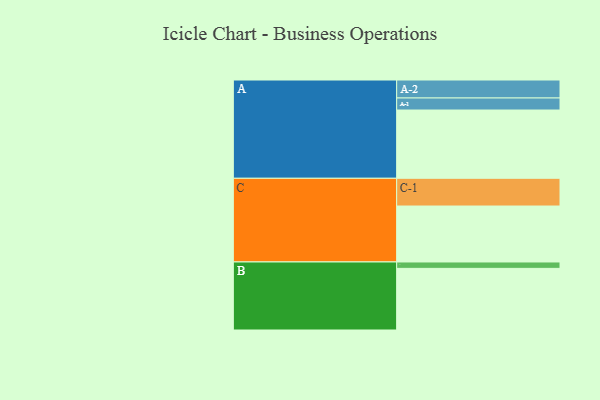
{"axis": {"x": "Segment", "y": "Value"}, "legend": ["", "A", "B", "C"], "data": [{"x": "A", "y": 566, "type": ""}, {"x": "B", "y": 511, "type": ""}, {"x": "C", "y": 464, "type": ""}, {"x": "A-1", "y": 100, "type": "A"}, {"x": "A-2", "y": 149, "type": "A"}, {"x": "B-1", "y": 53, "type": "B"}, {"x": "C-1", "y": 230, "type": "C"}]}